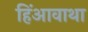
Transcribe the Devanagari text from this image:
हिंआवाथा